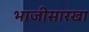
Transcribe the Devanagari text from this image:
भाजीसारखा